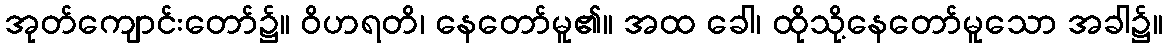
အုတ်ကျောင်းတော်၌။ ဝိဟရတိ၊ နေတော်မူ၏။ အထ ခေါ၊ ထိုသို့နေတော်မူသော အခါ၌။